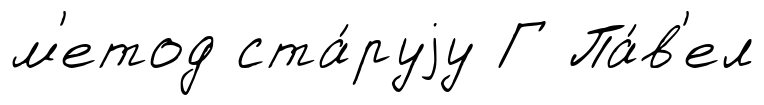
м'етод ста́руjу Г Па́в'ел